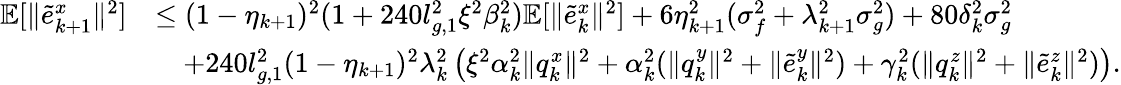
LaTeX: \begin{array}{rl}{\mathbb{E}[\| \tilde{e}_{k+1}^{x}\| ^{2}]}&{\le(1-\eta_{k+1})^{2}(1+240l_{g,1}^{2}\xi^{2}\beta_{k}^{2})\mathbb{E}[\| \tilde{e}_{k}^{x}\| ^{2}]+6\eta_{k+1}^{2}(\sigma_{f}^{2}+\lambda_{k+1}^{2}\sigma_{g}^{2})+80\delta_{k}^{2}\sigma_{g}^{2}}\\ &{\quad+240l_{g,1}^{2}(1-\eta_{k+1})^{2}\lambda_{k}^{2}\left(\xi^{2}\alpha_{k}^{2}\| q_{k}^{x}\| ^{2}+\alpha_{k}^{2}(\| q_{k}^{y}\| ^{2}+\| \tilde{e}_{k}^{y}\| ^{2})+\gamma_{k}^{2}(\| q_{k}^{z}\| ^{2}+\| \tilde{e}_{k}^{z}\| ^{2})\right).}\end{array}